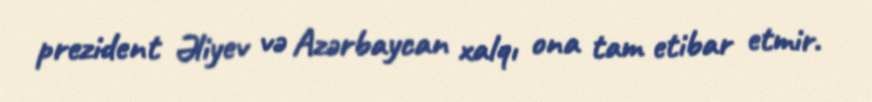
prezident Əliyev və Azərbaycan xalqı ona tam etibar etmir.